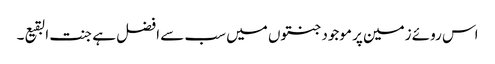
اس روئے زمین پر موجود جنتوں میں سب سے افضل ہے جنت البقیع۔